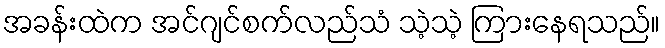
အခန်းထဲက အင်ဂျင်စက်လည်သံ သဲ့သဲ့ ကြားနေရသည်။